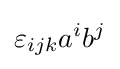
\varepsilon _{ijk}a^{i}b^{j}